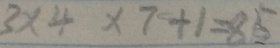
3 \times 4 \times 7 + 1 = 8 5